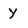
Character: y